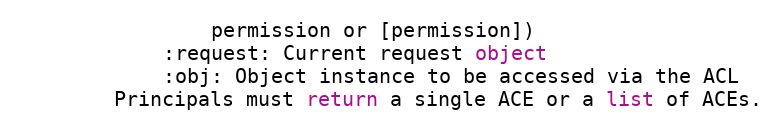
Language: Python
                permission or [permission])
            :request: Current request object
            :obj: Object instance to be accessed via the ACL
        Principals must return a single ACE or a list of ACEs.